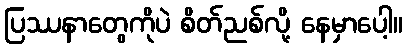
ပြဿနာတွေကိုပဲ စိတ်ညစ်လို့ နေမှာပေါ့။